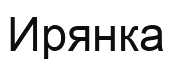
Ирянка